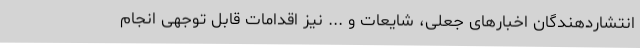
انتشاردهندگان اخبارهای جعلی، شایعات و ... نیز اقدامات قابل توجهی انجام